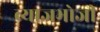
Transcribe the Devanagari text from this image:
ब्याजभोजी